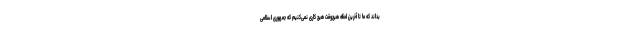
بداند که ما تا آخرین لحظه هیچ‌وقت هیچ کاری نمی‌کنیم که جمهوری اسلامی